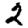
Digit: 2